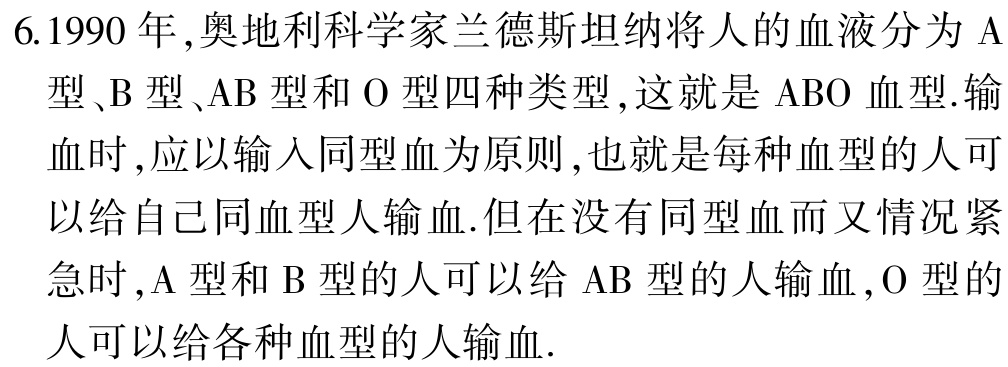
6.1990 年,奥地利科学家兰德斯坦纳将人的血液分为 A型、B 型、AB 型和 O 型四种类型,这就是 ABO 血型.输血时,应以输入同型血为原则,也就是每种血型的人可以给自己同血型人输血.但在没有同型血而又情况紧急时,A 型和 B 型的人可以给 AB 型的人输血,O 型的人可以给各种血型的人输血.